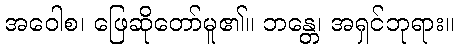
အဝေါစ၊ ဖြေဆိုတော်မူ၏။ ဘန္တေ၊ အရှင်ဘုရား။